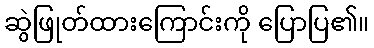
ဆွဲဖြုတ်ထားကြောင်းကို ပြောပြ၏။